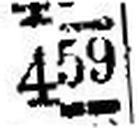
459